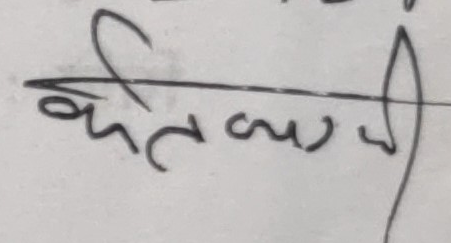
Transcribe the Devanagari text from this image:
केतली